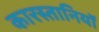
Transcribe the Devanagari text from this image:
कारस्तानियाॅ